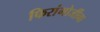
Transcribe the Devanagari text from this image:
फिरांगोजींना